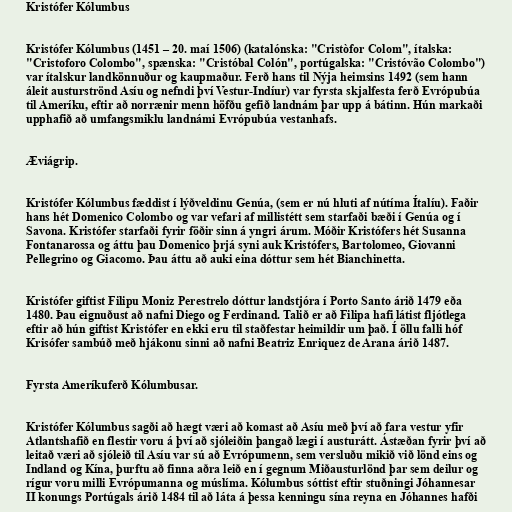
Kristófer Kólumbus

Kristófer Kólumbus (1451 – 20. maí 1506) (katalónska: "Cristòfor Colom", ítalska:
"Cristoforo Colombo", spænska: "Cristóbal Colón", portúgalska: "Cristóvão Colombo")
var ítalskur landkönnuður og kaupmaður. Ferð hans til Nýja heimsins 1492 (sem hann
áleit austurströnd Asíu og nefndi því Vestur-Indíur) var fyrsta skjalfesta ferð Evrópubúa
til Ameríku, eftir að norrænir menn höfðu gefið landnám þar upp á bátinn. Hún markaði
upphafið að umfangsmiklu landnámi Evrópubúa vestanhafs.

Æviágrip.

Kristófer Kólumbus fæddist í lýðveldinu Genúa, (sem er nú hluti af nútíma Ítalíu). Faðir
hans hét Domenico Colombo og var vefari af millistétt sem starfaði bæði í Genúa og í
Savona. Kristófer starfaði fyrir föðir sinn á yngri árum. Móðir Kristófers hét Susanna
Fontanarossa og áttu þau Domenico þrjá syni auk Kristófers, Bartolomeo, Giovanni
Pellegrino og Giacomo. Þau áttu að auki eina dóttur sem hét Bianchinetta.

Kristófer giftist Filipu Moniz Perestrelo dóttur landstjóra í Porto Santo árið 1479 eða
1480. Þau eignuðust að nafni Diego og Ferdinand. Talið er að Filipa hafi látist fljótlega
eftir að hún giftist Kristófer en ekki eru til staðfestar heimildir um það. Í öllu falli hóf
Krisófer sambúð með hjákonu sinni að nafni Beatriz Enriquez de Arana árið 1487.

Fyrsta Ameríkuferð Kólumbusar.

Kristófer Kólumbus sagði að hægt væri að komast að Asíu með því að fara vestur yfir
Atlantshafið en flestir voru á því að sjóleiðin þangað lægi í austurátt. Ástæðan fyrir því að
leitað væri að sjóleið til Asíu var sú að Evrópumenn, sem versluðu mikið við lönd eins og
Indland og Kína, þurftu að finna aðra leið en í gegnum Miðausturlönd þar sem deilur og
rígur voru milli Evrópumanna og múslíma. Kólumbus sóttist eftir stuðningi Jóhannesar
II konungs Portúgals árið 1484 til að láta á þessa kenningu sína reyna en Jóhannes hafði